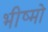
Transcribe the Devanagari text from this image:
भीष्मो